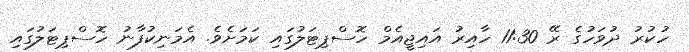
ހުކުރު ދުވަހުގެ ރޭ 11:30 ހާއިރު އައިޖީއެމް ހޮސްޕިޓަލުގައި ކަމަށެވެ. އެމަނިކުފާނު ހޮސްޕިޓަލުގައި